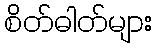
စိတ်ဓါတ်များ